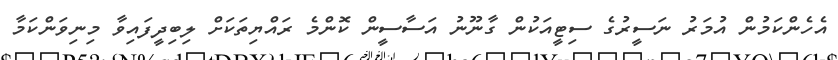
އެހެންކަމުން އުމަރު ނަސީރުގެ ސިޓީއަކުން ގާނޫނު އަސާސީން ކޮންމެ ރައްޔިތަކަށް ލިބިދީފައިވާ މިނިވަންކަމާ